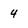
Character: 4